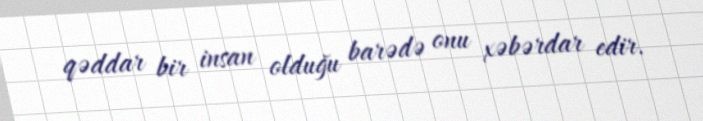
qəddar bir insan olduğu barədə onu xəbərdar edir.